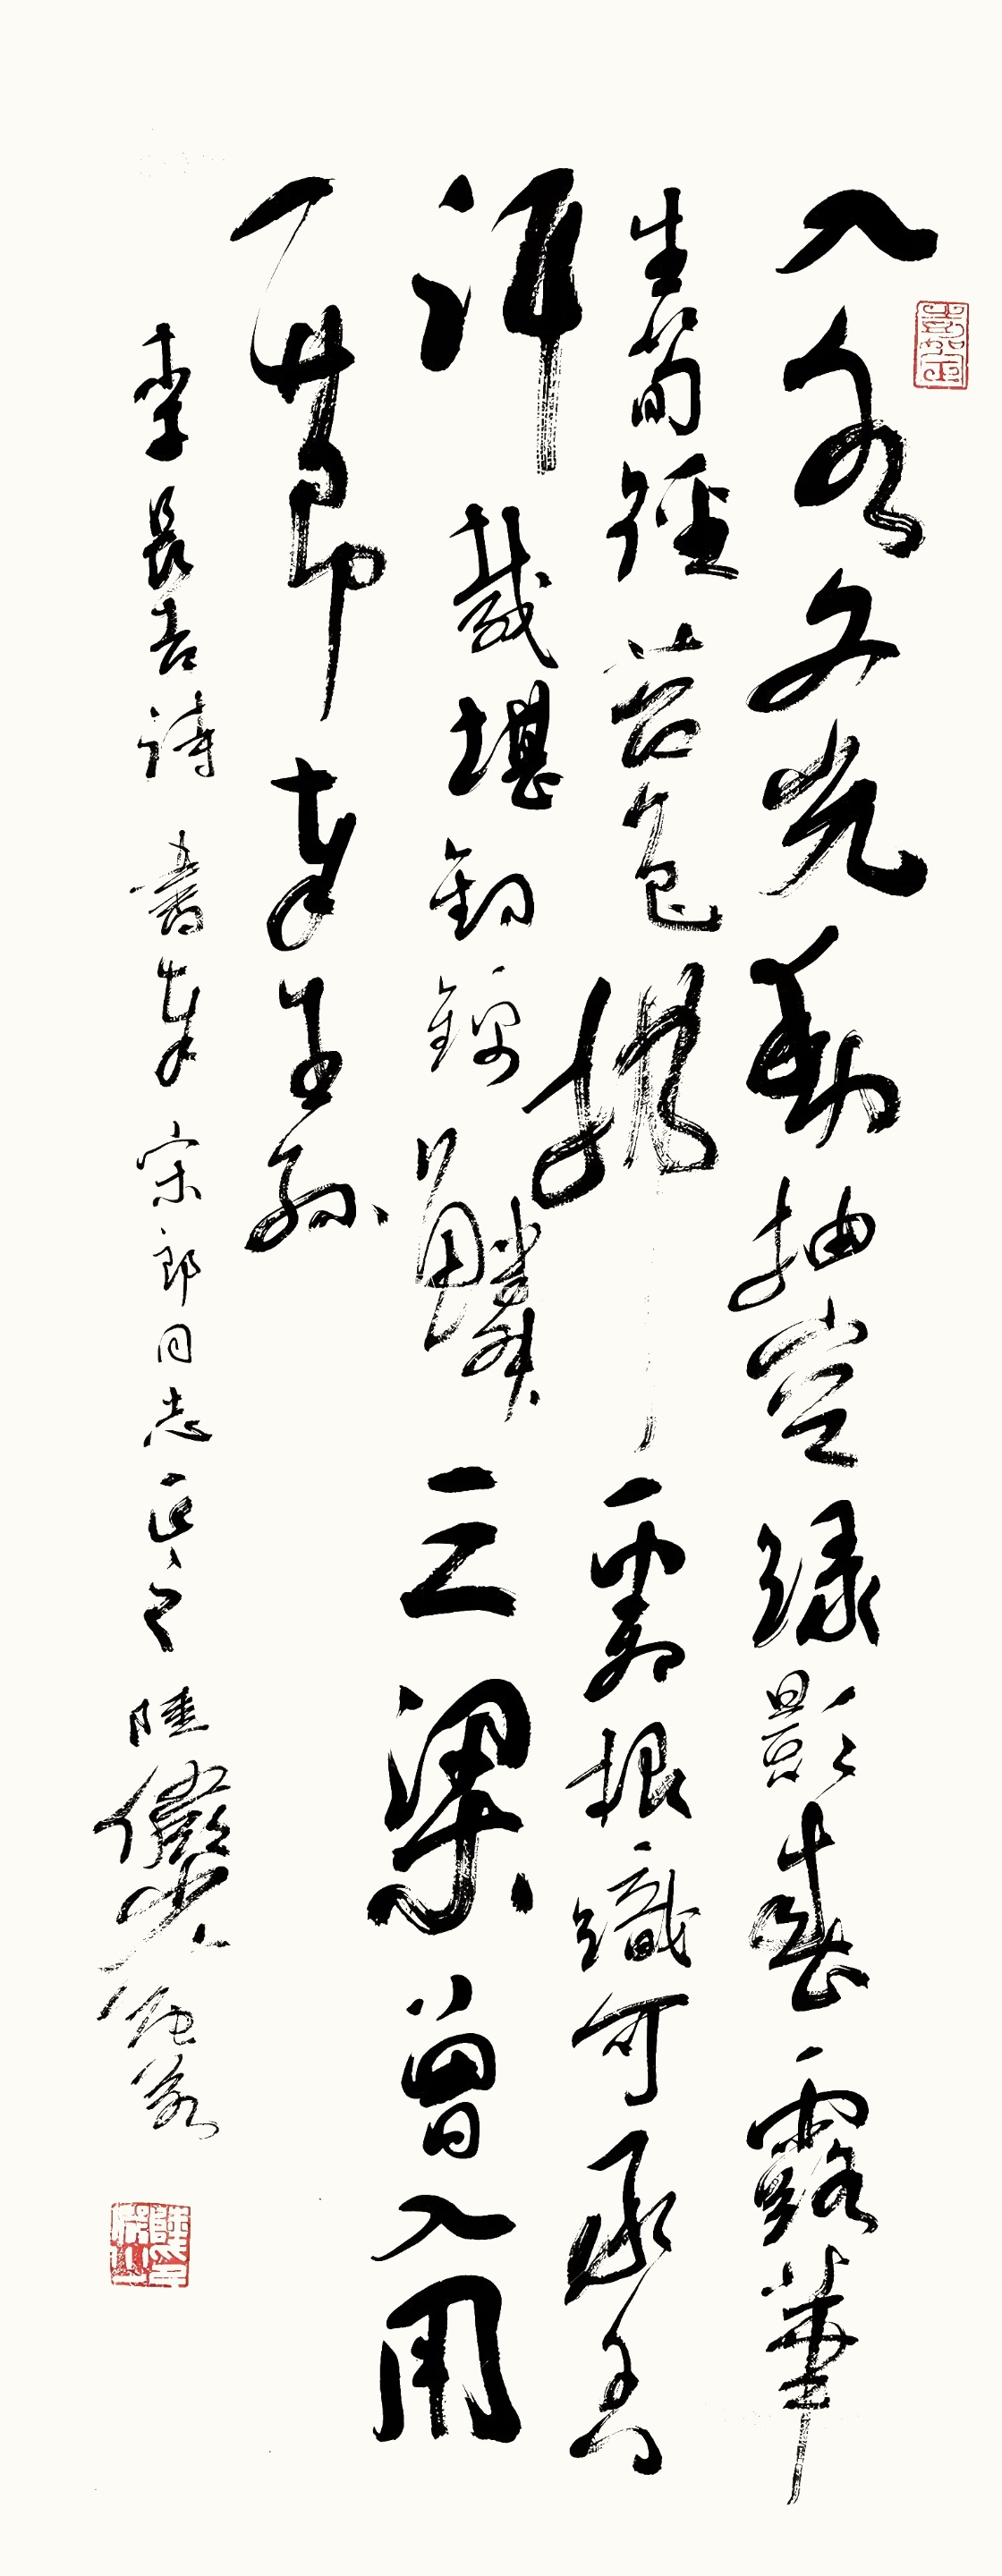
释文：入水文光动，抽空绿影春。露华生笋径，苔色拂霜根。织可承香汗，裁堪钓锦鳞。三梁曾入用，一节奉王孙。李长吉诗。书奉宋朗同志正之，陆俨少宛若。